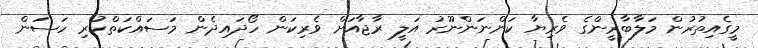
މީގެއިތުރުން މަލާބާރީންގެ ވެރިޔާ ކަންނަންނޫރު އަލީ ރާޖާއަށް ވެރިކަން ހޯދައިދެން މަސައްކަތްކުރި ހަސަން